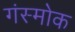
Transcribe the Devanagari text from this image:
गंस्मोक